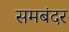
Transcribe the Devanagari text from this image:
समबंदर